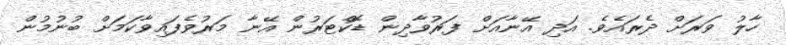
ހާލު ވަރަށް ދެރައެވެ. އަދި އޭނާއަށް ފަރުވާދިން ޑޮކްޓަރުން އޭނާ މަރުވެފައިވާކަމަށް ބުނުމުން